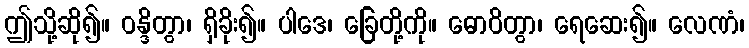
ဤသို့ဆို၍။ ဝန္ဒိတွာ၊ ရှိခိုး၍။ ပါဒေ၊ ခြေတို့ကို။ ဓောဝိတွာ၊ ရေဆေး၍။ လေဏံ၊